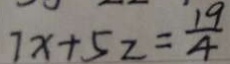
7 x + 5 z = \frac { 1 9 } { 4 }